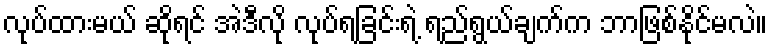
လုပ်ထားမယ် ဆိုရင် အဲဒီလို လုပ်ရခြင်းရဲ့ ရည်ရွယ်ချက်က ဘာဖြစ်နိုင်မလဲ။